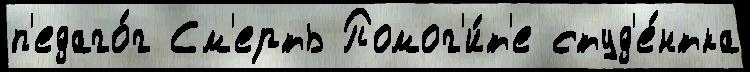
п'едаго́г См'ерть Помог'и́т'е студ'е́нтка